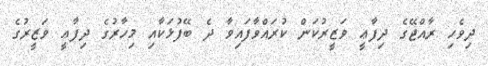
ދިވެހި ރާއްޖޭގެ ދިފާޢީ ވަޒީރުކަން ކުރައްވާފައިވާ ދެ ބޭފުޅަކާއި މިހާރުގެ ދިފާޢީ ވަޒީރުގެ